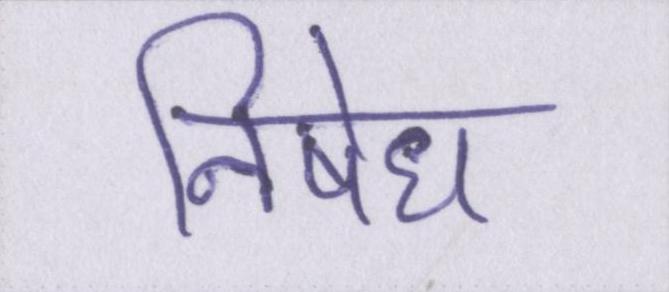
निषेध